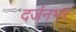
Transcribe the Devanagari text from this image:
दर्जनभर